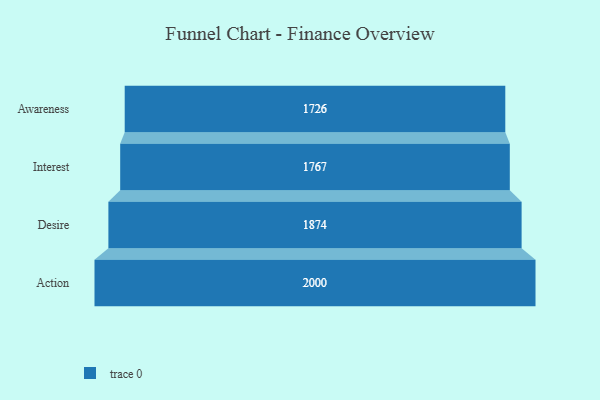
{"axis": {"x": "Stage", "y": "Value"}, "legend": [""], "data": [{"x": "Awareness", "y": 1726.0, "type": ""}, {"x": "Interest", "y": 1767.0, "type": ""}, {"x": "Desire", "y": 1874.0, "type": ""}, {"x": "Action", "y": 2000, "type": ""}]}